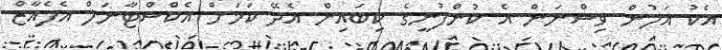
އެކު އަލުން ވިސްނަން އެ ކުންފުނީގެ ކިބައިން އެދޭ ކަމަށް އެކްސްޓާނަލް އެފެއާޒް